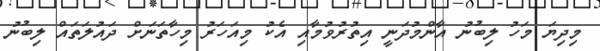
މިދިޔަ މަހު ލިބުނު އާންމުދަނީ އިތުރުވުމާއި އެކު މިއަހަރު މިހާތަނަށް ދައުލަތައް ލިބުނު